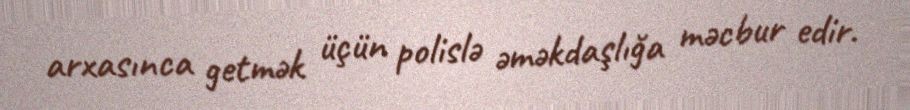
arxasınca getmək üçün polislə əməkdaşlığa məcbur edir.